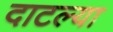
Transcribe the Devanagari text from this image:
दाटल्या